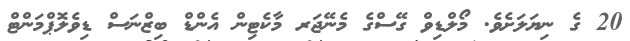
20 ގެ ނިޔަލަށެވެ. މޯލްޑިވް ގޭސްގެ މެނޭޖަރ މާކެޓިން އެންޑް ބިޒްނަސް ޑިވެލޮޕްމަންޓް